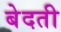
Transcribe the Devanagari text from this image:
बेदती